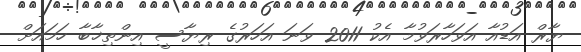
ޔާރް އަޑުއާ އަވަހާރަވުމާ އެކު 2011 ވަނަ އަހަރުގެ ރިޔާސީ އިންތިޚާބާ ހަމައަށް